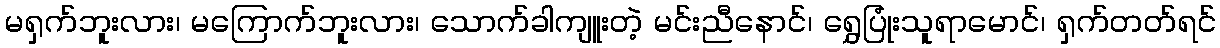
မရှက်ဘူးလား၊ မကြောက်ဘူးလား၊ သောက်ခါကျူးတဲ့ မင်းညီနောင်၊ ရွှေပြုံးသူရာမောင်၊ ရှက်တတ်ရင်